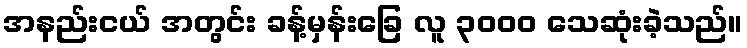
အနည်းငယ် အတွင်း ခန့်မှန်းခြေ လူ ၃၀၀၀ သေဆုံးခဲ့သည်။